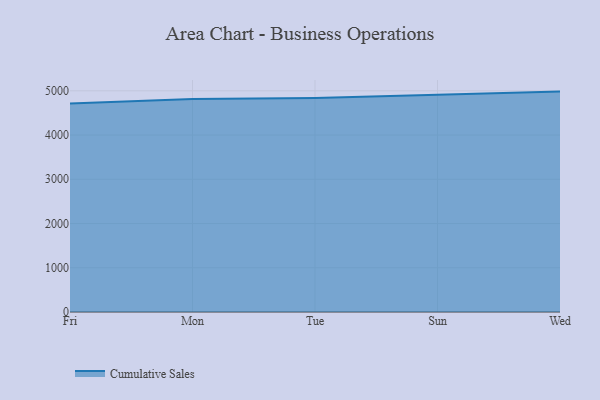
{"axis": {"x": "Day", "y": "Production Output"}, "legend": ["Cumulative Sales"], "data": [{"x": "Fri", "y": 4713.1, "type": "Cumulative Sales"}, {"x": "Mon", "y": 4812.3, "type": "Cumulative Sales"}, {"x": "Tue", "y": 4839.0, "type": "Cumulative Sales"}, {"x": "Sun", "y": 4909.9, "type": "Cumulative Sales"}, {"x": "Wed", "y": 4982.3, "type": "Cumulative Sales"}]}